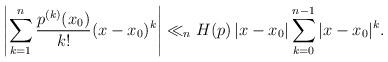
LaTeX: \begin{align*}\left|\sum_{k=1}^n \frac{p^{(k)}(x_0)}{k!} (x-x_0)^k\right| \ll_nH(p)\,|x-x_0|\sum_{k=0}^{n-1}|x-x_0|^k.\end{align*}